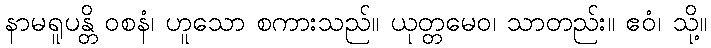
နာမရူပန္တိ ဝစနံ၊ ဟူသော စကားသည်။ ယုတ္တမေဝ၊ သာတည်း။ ဧဝံ၊ သို့။